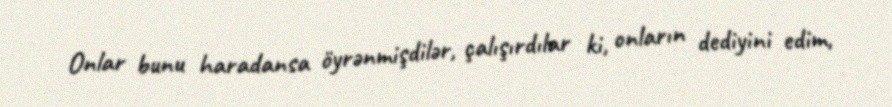
Onlar bunu haradansa öyrənmişdilər, çalışırdılar ki, onların dediyini edim,